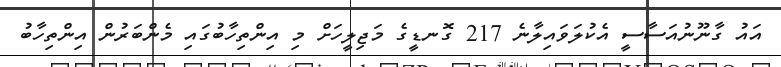
އައު ގާނޫނުއަސާސީ އެކުލަވައިލާނެ 217 ގޮނޑީގެ މަޖިލީހަށް މި އިންތިހާބުގައި މެންބަރުން އިންތިހާބު